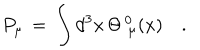
P _ { \mu } \, = \, \int d ^ { 3 } x \, \Theta _ { \, \, \mu } ^ { \, 0 } ( x ) \quad .